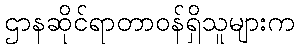
ဌာနဆိုင်ရာတာဝန်ရှိသူများက